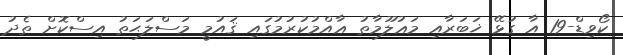
ކޯވިޑް-19 އާ ގުޅޭ ޚަބަރާއި މަޢުލޫމާތު ޢާއްމުކުރުމުގައި ޤައުމީ މަސްލަޙަތު އިސްކޮށް ތެދު